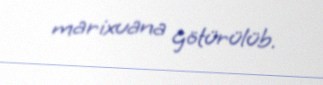
marixuana götürülüb.